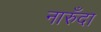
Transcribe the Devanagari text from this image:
नारुँदा